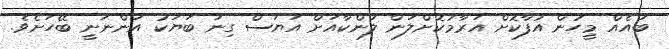
ބައެއް މީހުން އުފާކޮށް އަރާމުކޮށްލަން ލަންކާއަށް އަޔަސް ގިނަ ބަޔަކު އަންނަނީ ބޭހަށެވެ.